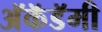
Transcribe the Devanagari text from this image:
अॅकॅडॅमी